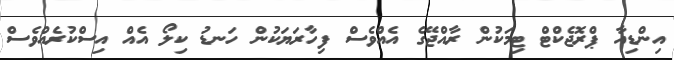
އިންޑިއާ ޕްރޮޖެކްޓް ޓިމަކުން ރާއްޖޭގެ އެއްވެސް ފިހާރަޔަކުން ހަނޑު ކިލޯ އެއް އިސްކުރެއްވެސް